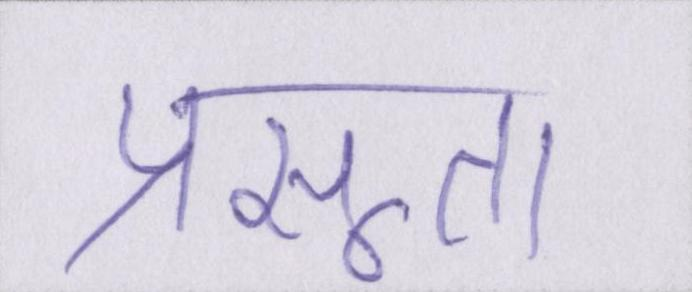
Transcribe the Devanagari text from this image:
प्रसूता